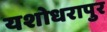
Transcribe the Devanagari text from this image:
यशोधरापुर